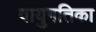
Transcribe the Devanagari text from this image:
वायुगतिका